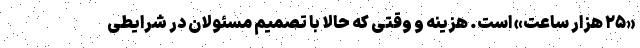
«۲۵ هزار ساعت» است. هزینه و وقتی که حالا با تصمیم مسئولان در شرایطی